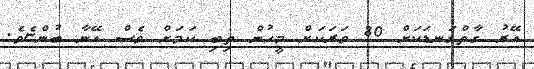
އޭރު ގާތްގަނޑަކަށް 80 ވަރަކަށް މީހުން ތިބި ކަމަށް ވެސް އޭނާ ބުންޏެވެ.